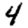
Digit: 4